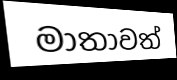
මාතාවත්